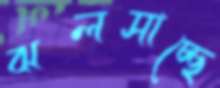
ঝলসাচ্ছে